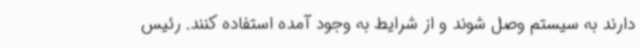
دارند به سیستم وصل شوند و از شرایط به وجود آمده استفاده کنند. رئیس